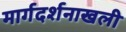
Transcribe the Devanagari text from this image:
मार्गदर्शनाखली